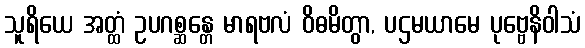
သူရိယေ အတ္ထံ ဥပဂစ္ဆန္တေ မာရဗလံ ဝိဓမိတွာ, ပဌမယာမေ ပုဗ္ဗေနိဝါသံ